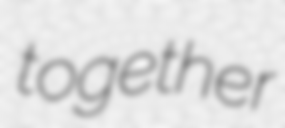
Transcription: together